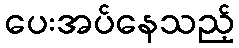
ပေးအပ်နေသည့်